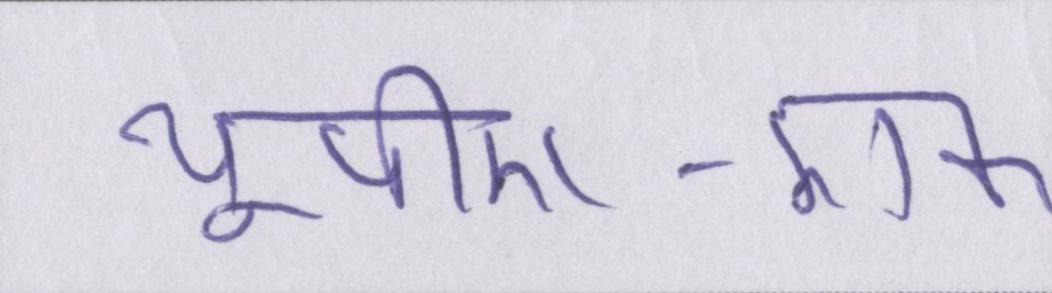
यूपीए-एक